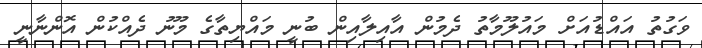
ވަގުތު އައްޑުއަށް މައުލޫމާތު ދެމުން އާއިލާއިން ބުނީ މައްޔިތާގެ މޫނު ދެއްކުން އޮންނާނީ